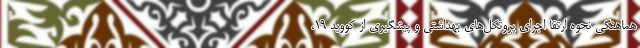
هماهنگی نحوه ارتقا اجرای پروتکل‌های بهداشتی و پیشگیری از کووید ۱۹،